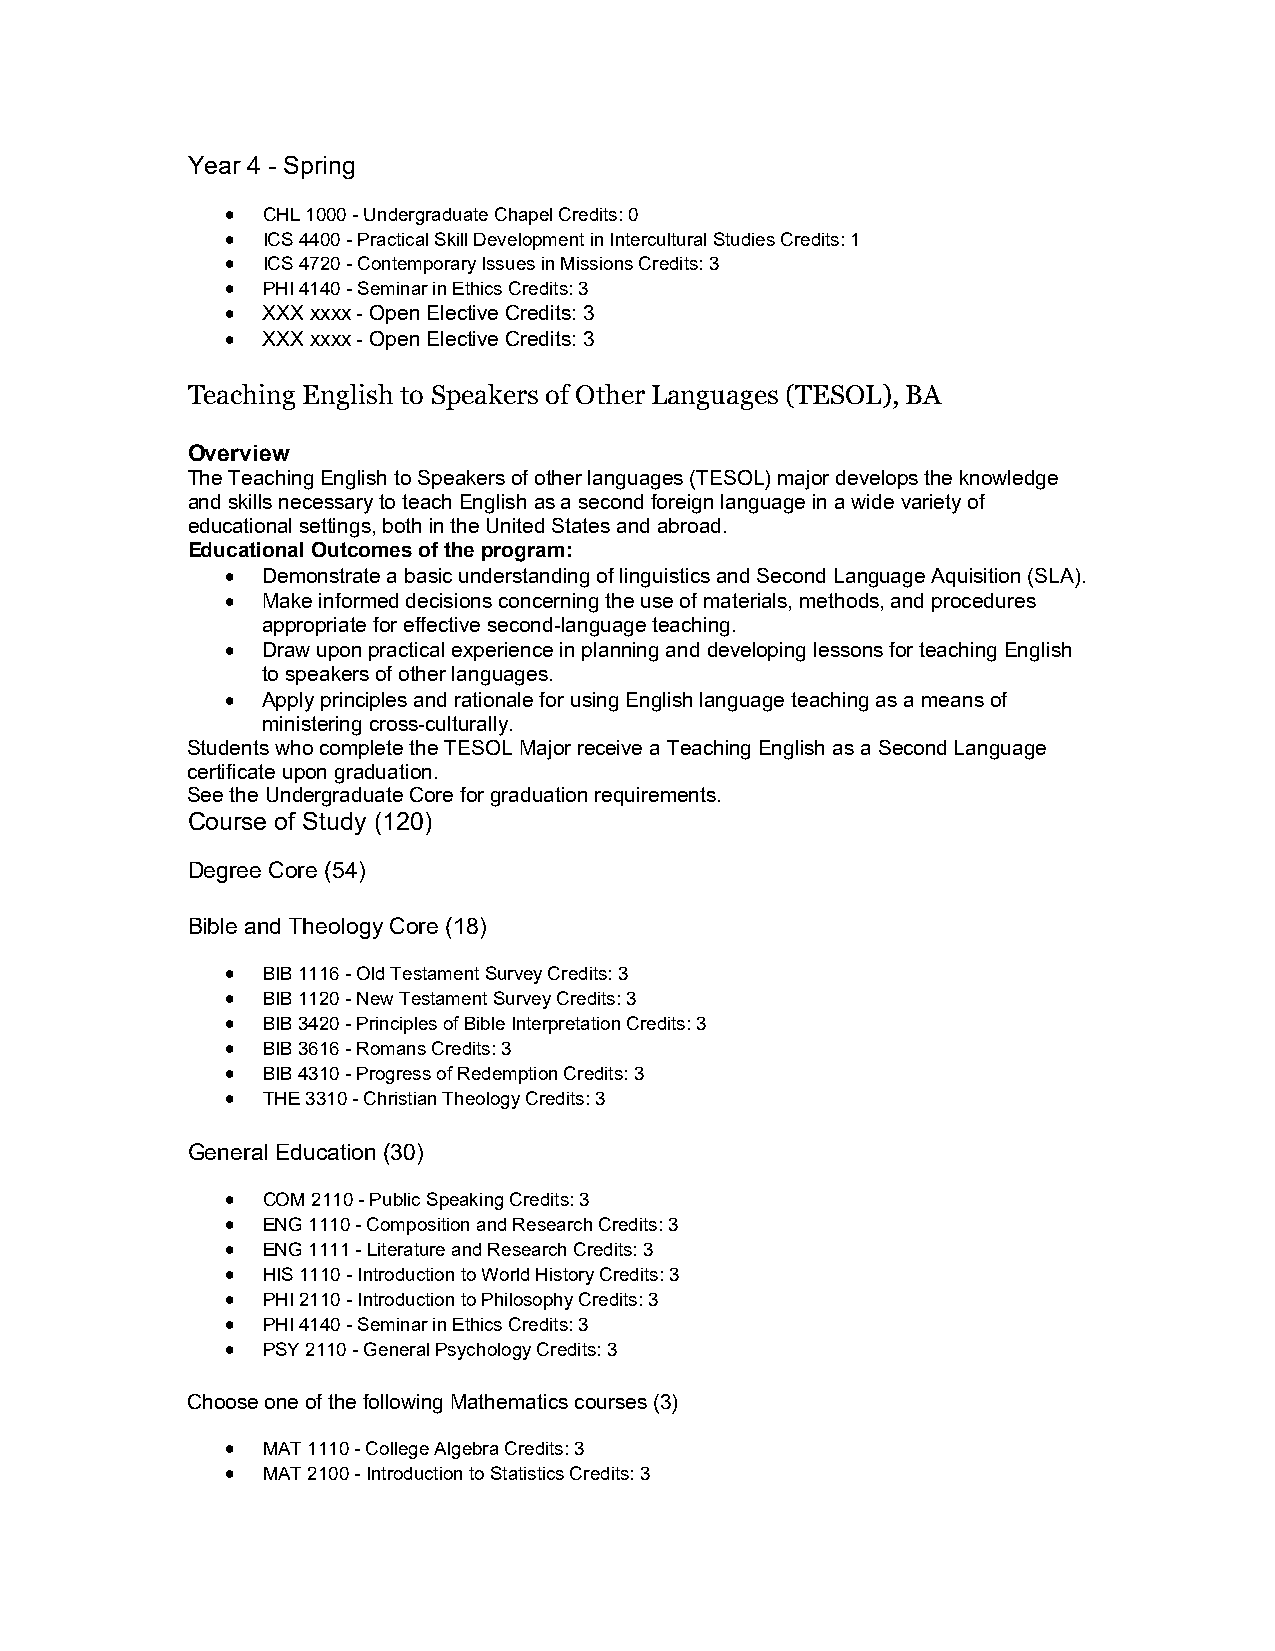
Year 4 - Spring
  CHL 1000 - Undergraduate Chapel Credits: 0
  ICS 4400 - Practical Skill Development in Intercultural Studies Credits: 1
  ICS 4720 - Contemporary Issues in Missions Credits: 3
  PHI 4140 - Seminar in Ethics Credits: 3
  XXX xxxx - Open Elective Credits: 3
  XXX xxxx - Open Elective Credits: 3
 Teaching English to Speakers of Other Languages (TESOL), BA
 Overview
 The Teaching English to Speakers of other languages (TESOL) major develops the knowledge
 and skills necessary to teach English as a second foreign language in a wide variety of
 educational settings, both in the United States and abroad.
 Educational Outcomes of the program:
  Demonstrate a basic understanding of linguistics and Second Language Aquisition (SLA).
  Make informed decisions concerning the use of materials, methods, and procedures
 appropriate for effective second-language teaching.
  Draw upon practical experience in planning and developing lessons for teaching English
 to speakers of other languages.
  Apply principles and rationale for using English language teaching as a means of
 ministering cross-culturally.
 Students who complete the TESOL Major receive a Teaching English as a Second Language
 certificate upon graduation.
 See the Undergraduate Core for graduation requirements.
 Course of Study (120)
 Degree Core (54)
 Bible and Theology Core (18)
  BIB 1116 - Old Testament Survey Credits: 3
  BIB 1120 - New Testament Survey Credits: 3
  BIB 3420 - Principles of Bible Interpretation Credits: 3
  BIB 3616 - Romans Credits: 3
  BIB 4310 - Progress of Redemption Credits: 3
  THE 3310 - Christian Theology Credits: 3
 General Education (30)
  COM 2110 - Public Speaking Credits: 3
  ENG 1110 - Composition and Research Credits: 3
  ENG 1111 - Literature and Research Credits: 3
  HIS 1110 - Introduction to World History Credits: 3
  PHI 2110 - Introduction to Philosophy Credits: 3
  PHI 4140 - Seminar in Ethics Credits: 3
  PSY 2110 - General Psychology Credits: 3
 Choose one of the following Mathematics courses (3)
  MAT 1110 - College Algebra Credits: 3
  MAT 2100 - Introduction to Statistics Credits: 3